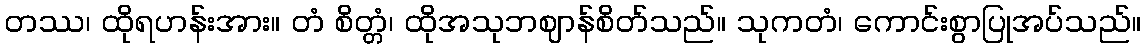
တဿ၊ ထိုရဟန်းအား။ တံ စိတ္တံ၊ ထိုအသုဘဈာန်စိတ်သည်။ သုကတံ၊ ကောင်းစွာပြုအပ်သည်။